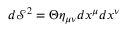
d \mathcal S ^ { 2 } = \Theta \eta _ { \mu \nu } d x ^ { \mu } d x ^ { \nu }